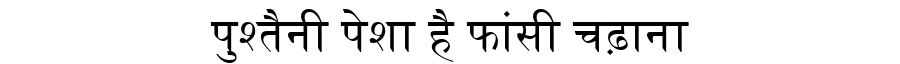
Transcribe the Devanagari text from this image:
पुश्तैनी पेशा है फांसी चढ़ाना